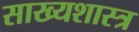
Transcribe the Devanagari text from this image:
साख्यशास्त्र